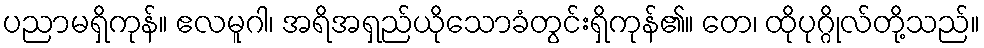
ပညာမရှိကုန်။ ဧလမူဂါ၊ အရိအရှည်ယိုသောခံတွင်းရှိကုန်၏။ တေ၊ ထိုပုဂ္ဂိုလ်တို့သည်။